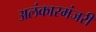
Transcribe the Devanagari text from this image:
अलंकारमंजरी